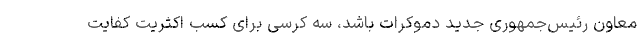
معاون رئیس‌جمهوری جدید دموکرات باشد، سه کرسی برای کسب اکثریت کفایت